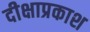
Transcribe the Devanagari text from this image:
दीक्षाप्रकाश